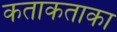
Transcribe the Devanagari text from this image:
कताकताका